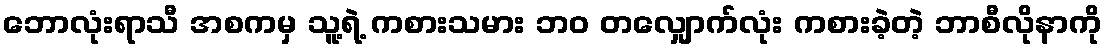
ဘောလုံးရာသီ အစကမှ သူ့ရဲ့ ကစားသမား ဘဝ တလျှောက်လုံး ကစားခဲ့တဲ့ ဘာစီလိုနာကို